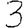
Digit: 3